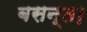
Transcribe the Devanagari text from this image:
बसन्त।